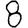
Digit: 8